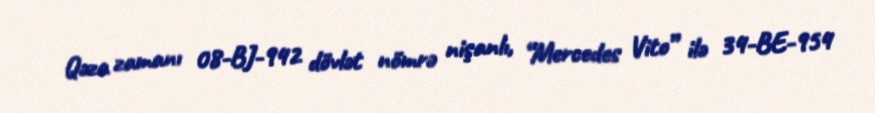
Qəza zamanı 08-BJ-942 dövlət nömrə nişanlı, “Mercedes Vito” ilə 34-BE-954